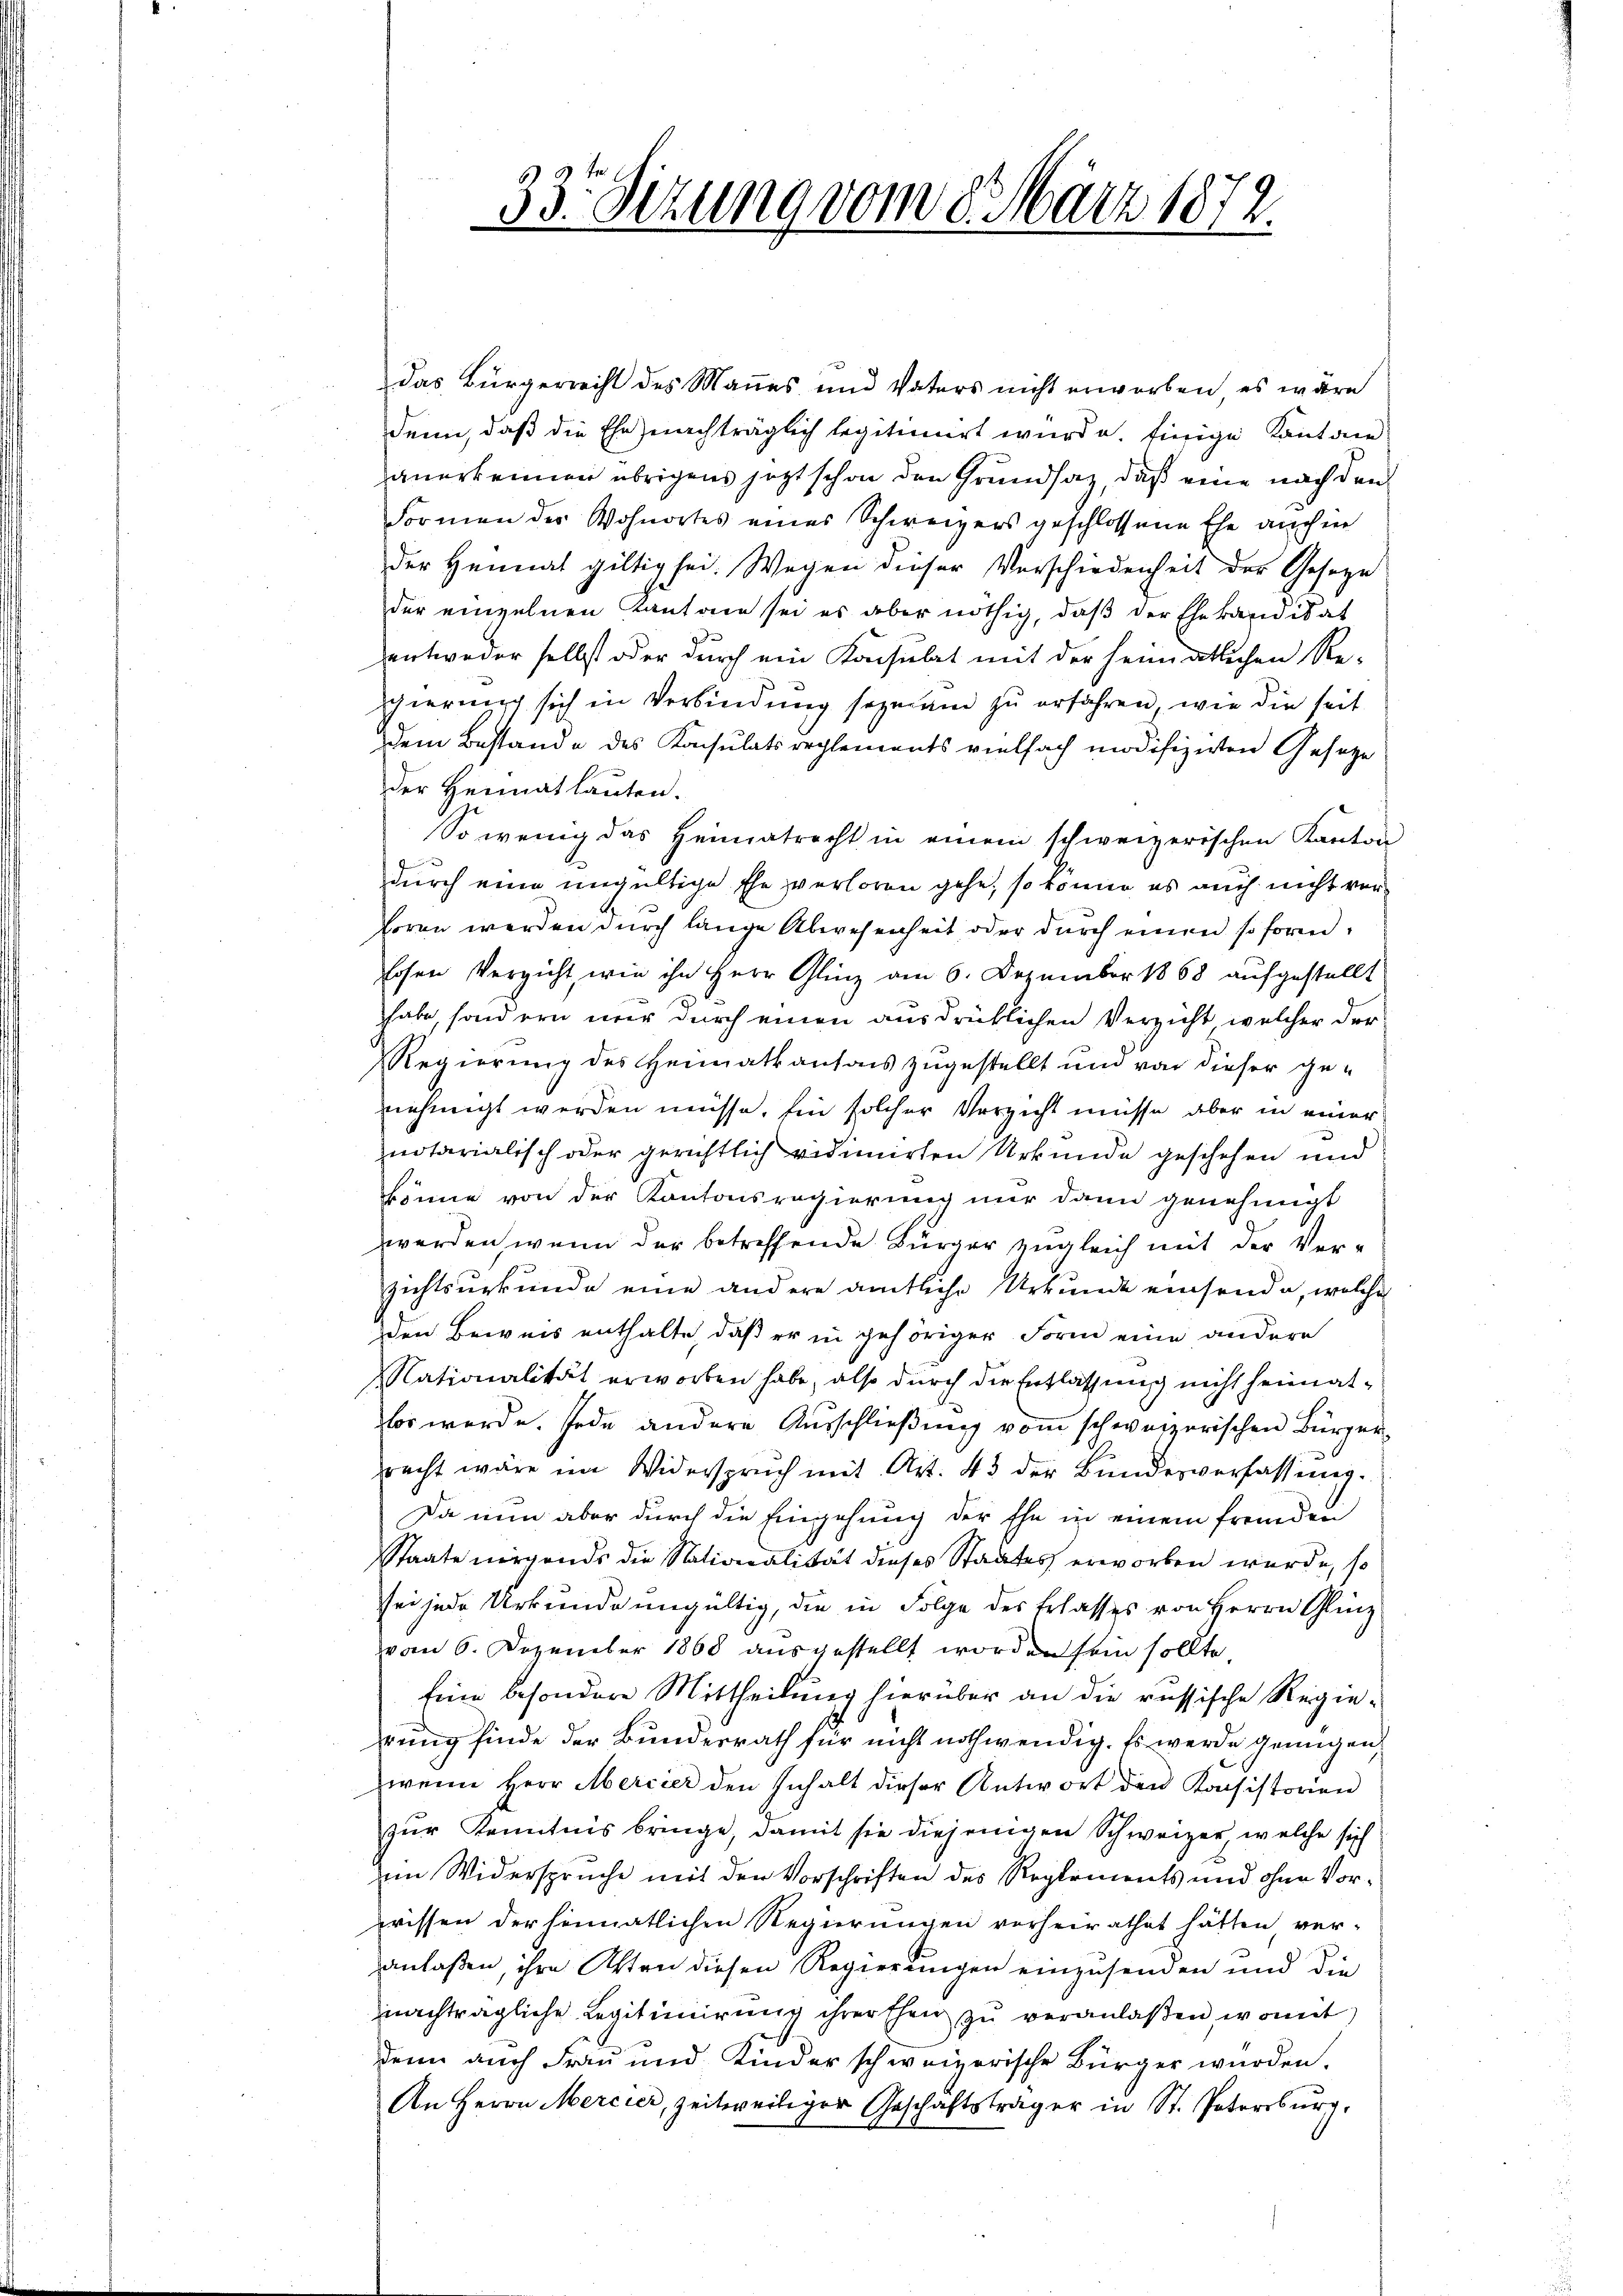
33. Sitzung vom 8. März 1872.

das Bürgerrecht des Mannes und Vaters nicht erworben, es wäre
denn, daß die Ehe nachträglich legitimirt wurde. Einige Kantone
anerkennen übrigens jetzt schon den Grundsaz, daß eine nach den
Formen des Wohnortes eines Schweizers geschlossene Ehe auchen
der Heimat giltig sei. Wegen dieser Verschiedenheit der Geseze
der einzelnen Kantone sei es aber nöthig, daß der Ehe kandidat
entweder selbst oder durch ein Konsulat mit der heimatlichen Re-
schierung sich in Verbindung sozusam zu erfahren, wie die seit
dem Bestande des Konsulatsreglements vielfach modifizirten Gesetze
der Heimat lauten.
So wenig das Heimatrecht in einem schweizerischen Kanton
durch eine ungültige Ehe verloren gehe, so könne es auch nicht verhoren werden durch lange Abwesenheit oder durch einen so form
Eosen Verzicht, wie ihn Herr Glinz am 6. Dezember 1868 aufgestellt
habe, sondern nur durch einen ausdrücklichen Verzicht welcher der
Regierung des Heimatkantons zugestellt und von dieser ge-
nehmigt werden müsse, fin solcher Verzicht müsse, aber in einer
notarialisch oder gerichtlich vidimirten Urkunde geschehen und
könne von der Kantonsregierung nur dann genehmigt
werden wenn der betreffende Bürger zugleich mit der Verzichtsurkunde eine andere amtliche Urkunde einsende, welche
den Beweis enthalte, daß er in gehöriger Form eine andere
Nationalität erworben habe, also durch die Entlassung nicht heimatlor werde. Jede andere Ausschließung vom schweizerischen Bürgerracht wäre im Widerspruch mit Art. 43 der Bundesverfassŭng.
Da nun aber durch die Eingehung der Ehe in einem fremden
Staate nirgends die Nationalität dieses Staates erworben wurde, so
sei jede Urkunde ungültig, die in Folge des Erlasses von Herrn Glinz
vom 6. Dezember 1868 ausgestellt worden sein sollte,
Eine besondere Mittheilung hierüber an die russische Regierung finde der Bundesrath für nicht nothwendig. Es werde genügen,
wenn Herr Mercier den Inhalt dieser Antwort den Konsistorien
zŭr Kenntnis bringe, damit sie diejenigen Schweizer, welche sich
im Widersprüche mit den Vorschriften des Reglements und ohne Vorwissen der heimatlichen Regierungen vorheirathet hätten ver-
anlaßen, ihre Otten diesen Regierungen einzusenden und die
nachträgliche Legitimierung ihrer Ehen zu veranlaßen, womit
denn auch Frau und Kinder schweizerische Bürger wurden.
An Herrn Mercier, zeitweiliger Geschäftsträger in St. Patersburg,